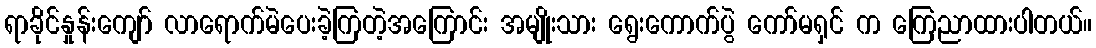
ရာခိုင်နှုန်းကျော် လာရောက်မဲပေးခဲ့ကြတဲ့အကြောင်း အမျိုးသား ရွေးကောက်ပွဲ ကော်မရှင် က ကြေညာထားပါတယ်။